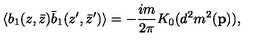
\langle b _ { 1 } ( z , \bar { z } ) \bar { b } _ { 1 } ( z ^ { \prime } , \bar { z } ^ { \prime } ) \rangle = - { \frac { i m } { 2 \pi } } K _ { 0 } ( d ^ { 2 } m ^ { 2 } ( { \bf p } ) ) ,